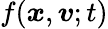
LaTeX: f(\boldsymbol{x},\boldsymbol{v};t)